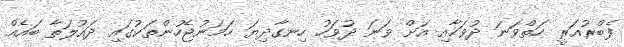
ފެބްރުއަރީ ހަތްވަނަ ދުވަހާއި އަށް ވަނަ ދުވަހު ހިނގާދިޔަ ހަމަނުޖެހުންތަކުގައި ދައުލަތާ ބައެއް